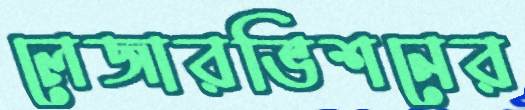
লেজারভিশনের